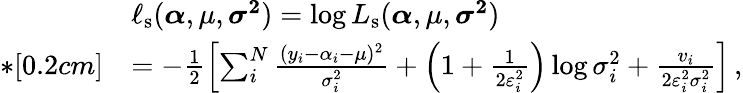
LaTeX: \begin{array}{rl}&{\ell_{\mathrm{s}}(\boldsymbol{\alpha},\mu,\boldsymbol{\sigma^{2}})=\log L_{\mathrm{s}}(\boldsymbol{\alpha},\mu,\boldsymbol{\sigma^{2}})}\\ {*[0.2cm]}&{=-\frac{1}{2}\left[\sum_{i}^{N}\frac{(y_{i}-\alpha_{i}-\mu)^{2}}{\sigma_{i}^{2}}+\left(1+\frac{1}{2\varepsilon_{i}^{2}}\right)\log{\sigma_{i}^{2}}+\frac{v_{i}}{2\varepsilon_{i}^{2}\sigma_{i}^{2}}\right]\, ,}\end{array}